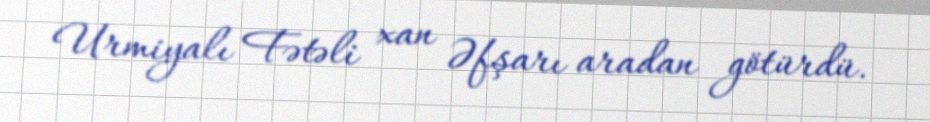
Urmiyalı Fətəli xan Əfşarı aradan götürdü.